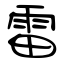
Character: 雷